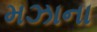
મઝાના